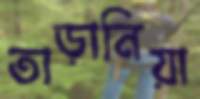
তাড়ানিয়া